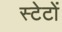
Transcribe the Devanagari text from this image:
स्टेटों